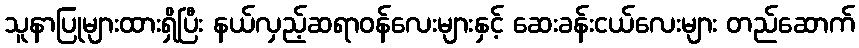
သူနာပြုများထားရှိပြီး နယ်လှည့်ဆရာဝန်လေးများနှင့် ဆေးခန်းငယ်လေးများ တည်ဆောက်